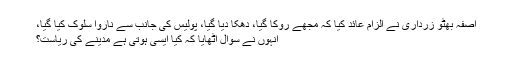
آصفہ بھٹو زرداری نے الزام عائد کیا کہ مجھے روکا گیا، دھکا دیا گیا، پولیس کی جانب سے ناروا سلوک کیا گیا،
انہوں نے سوال اٹھایا کہ کیا ایسی ہوتی ہے مدینے کی ریاست؟